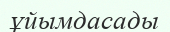
ұйымдасады